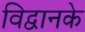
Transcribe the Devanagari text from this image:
विद्वानके